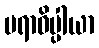
ပရာဓိပ္ပါယာ